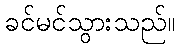
ခင်မင်သွားသည်။